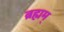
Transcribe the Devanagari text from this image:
ब्रह्मम्